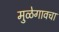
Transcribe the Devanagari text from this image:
मुळेगावचा